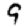
Digit: 9